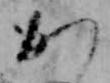
か